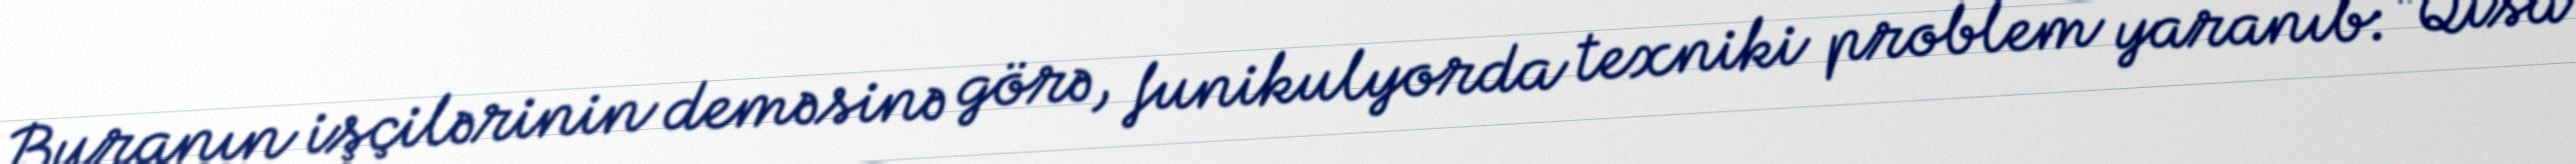
Buranın işçilərinin deməsinə görə, funikulyorda texniki problem yaranıb: “Qısa